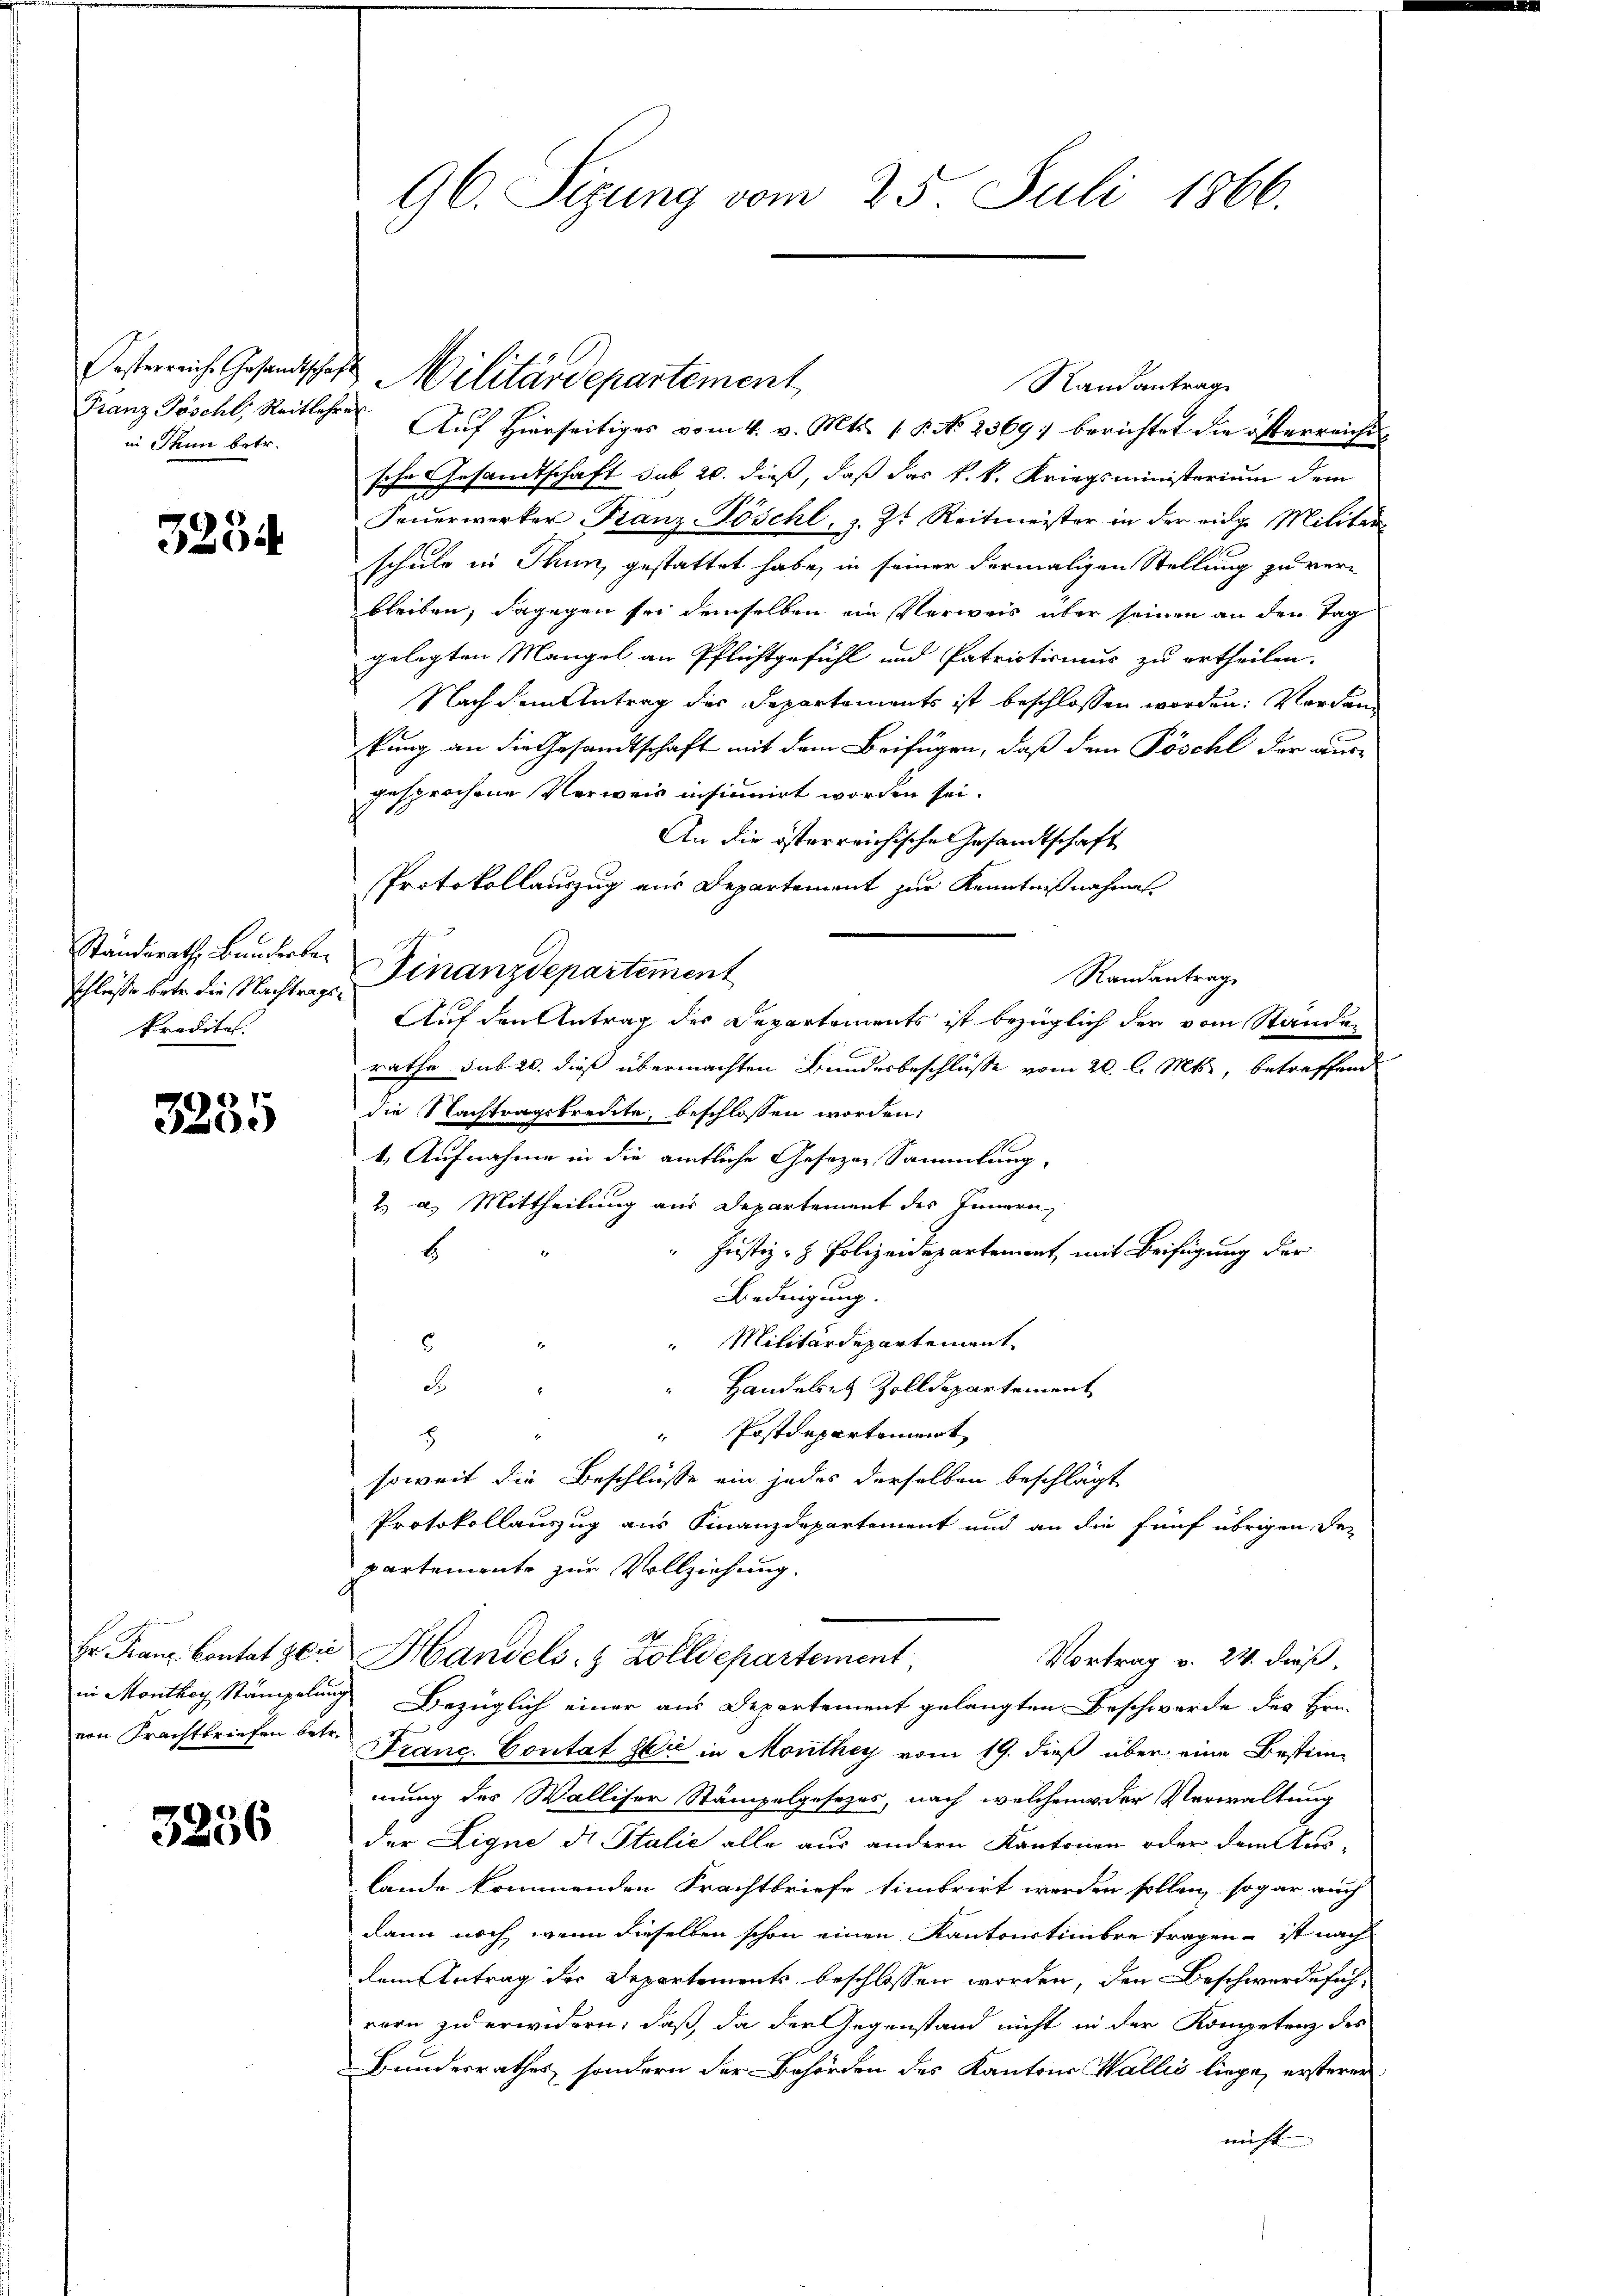
in Thun betr.

325

Ständerath, Banderbekredites.

3235

3256

Oesterreiche Gesandtschaft Militärdepartement
Franz Göschl, Reitlehre Auf Hierseitiges vom 4. v. Mts. (T. No 2369: berichtet die österreiche
sche Gesandtschaft sub 20. dieß, daß das k.k. Kriegsministerium dem
Feŭerwerker Franz-Pöschl, z. Zt. Reitmeister in der eidg. Militar
schule in Thun, gestattet habe, in seiner dermaligen Stellung zu ver-
bleiben, dagegen sei demselben ein Verweis über seinen an den Tag
gelegten Mangel an Pflichtgefühl und Patriotismus zu ertheilen.
Nach dem Antrag des Departements ist beschlossen worden: Vorden
kung an die Gesandtschaft mit dem Beifügen, daß den Pöschl der aus-
gesprochene Verweis insinuirt worden sei.
An die österreichische Gesandtschaft
Protokollauszug aus Departement zur Kenntnißnahmen.
Randantrag
schlüsse betr. die Nachtrage Finanzdepartement
rathe sub 20. dieß übermachten Bundesbeschlüsse vom 20. l. Mts., betreffend
die Nachtragstreite, beschlossen worden,
1. Aufnahme in die amtliche Gesezen Sammlung,
2. d. Mittheilung aus Departement des Innern
 Justiz- & Polizeidepartement mit Beifügung der
6
Bedingung.
Militärdepartement
d
Handelst Zolldepartement
Postdepartement
5
soweit die Beschlüsse ein jedes derselben beschlägt
Protokollauszug aus Finanzdepartement und an die fünf übrigen De-
partemente zur Vollziehung.
Er Franz Contat sei Handels- & Zolldepartement
Vortrag v. 24. dieß.
in Monthey Stämpelung Bezüglich einer aus Departement gelangten Beschwerde des Hrn.
von Frachtbriefen betr. Franc Contat Sie in Monthey vom 19. dieß über eine Bestimmung des Walliser Stämpelgesezes, nach welchem der Verwaltung
der Ligne di Italić alle aus andern Kantonen oder dem Auslande kommenden Krachtbriefe timbrirt werden sollen, sogar auch
dann noch wenn dieselben schon einen Kantonstimbre tragen ist nach
dem Antrag der Departements beschlossen worden, den Beschwerde sich
rern zu erwidern; daß da der Gegenstand nicht in der Kompetenz des
Bundesrathes, sondern der Behörden des Kantons Wallis liege, ersteren
nicht

96. Sizung vom 25. Juli 1866.

Auf den Antrag des Departements ist bezüglich der vom Stande

Randantrag